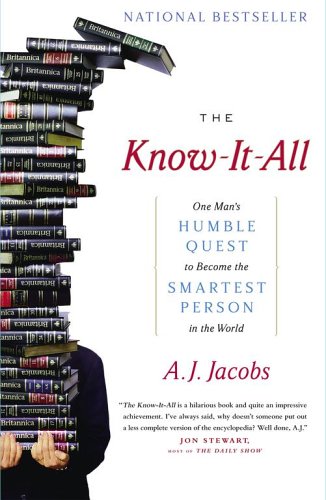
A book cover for The Know-It-All: One Man's Humble Quest to Become the Smartest Person in the World; A. J. Jacobs; Reference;